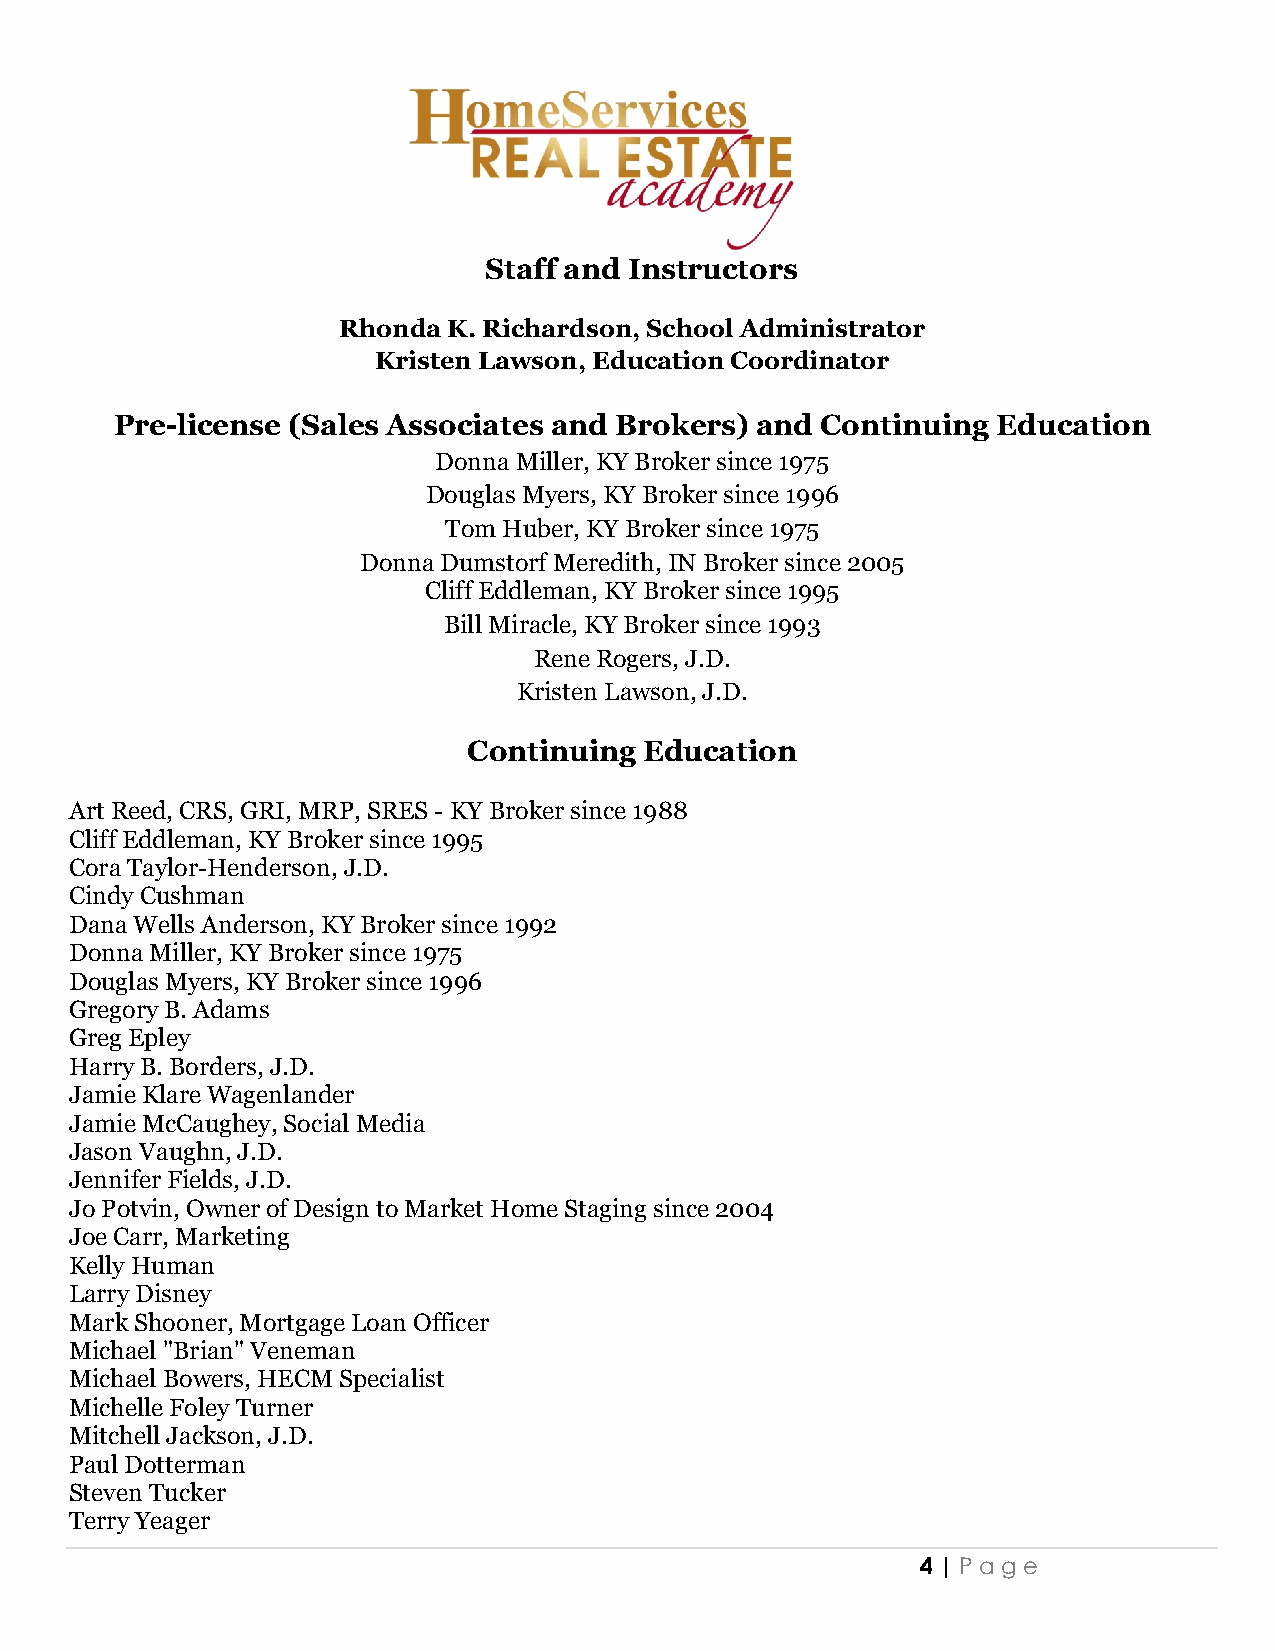
Staff and Instructors
 Rhonda  K. Richardson, School Administrator
 Kristen Lawson, Education Coordinator
 Pre-license (Sales Associates and Brokers) and Continuing Education
 Donna Miller, KY Broker since 1975
 Douglas Myers, KY Broker since 1996
 Tom Huber, KY Broker since 1975
 Donna Dumstorf Meredith, IN Broker since 2005
 Cliff Eddleman, KY Broker since 1995
 Bill Miracle, KY Broker since 1993
 Rene Rogers, J.D.
 Kristen Lawson, J.D.
 Continuing  Education
 Art Reed, CRS, GRI, MRP, SRES - KY Broker since 1988
 Cliff Eddleman, KY Broker since 1995
 Cora Taylor-Henderson, J.D.
 Cindy Cushman
 Dana Wells Anderson, KY Broker since 1992
 Donna Miller, KY Broker since 1975
 Douglas Myers, KY Broker since 1996
 Gregory B. Adams
 Greg Epley
 Harry B. Borders, J.D.
 Jamie Klare Wagenlander
 Jamie McCaughey, Social Media
 Jason Vaughn, J.D.
 Jennifer Fields, J.D.
 Jo Potvin, Owner of Design to Market Home Staging since 2004
 Joe Carr, Marketing
 Kelly Human
 Larry Disney
 Mark Shooner, Mortgage Loan Officer
 Michael "Brian" Veneman
 Michael Bowers, HECM Specialist
 Michelle Foley Turner
 Mitchell Jackson, J.D.
 Paul Dotterman
 Steven Tucker
 Terry Yeager
 4 | Pag e